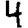
Digit: 4